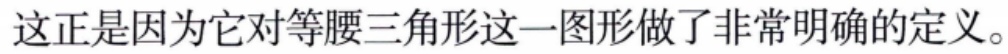
这正是因为它对等腰三角形这一图形做了非常明确的定义。